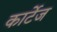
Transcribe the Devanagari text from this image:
कार्टेज